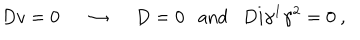
D v = 0 ~ ~ \rightarrow ~ ~ D = 0 \mathrm { a n d } D i \gamma ^ { 1 } \gamma ^ { 2 } = 0 ~ ,